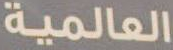
العالمية